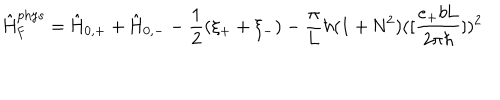
\hat { \mathrm { H } } _ { \mathrm { F } } ^ { \mathrm { p h y s } } = \hat { \mathrm { H } } _ { 0 , + } + \hat { \mathrm { H } } _ { 0 , - } - \frac { 1 } { 2 } ( \xi _ { + } + \xi _ { - } ) - \frac { \pi } { \pi } { L } { \hbar } ( 1 + \mathrm { N } ^ { 2 } ) ( [ \frac { e _ { + } b \mathrm { L } } { 2 { \pi } { \hbar } } ] ) ^ { 2 }